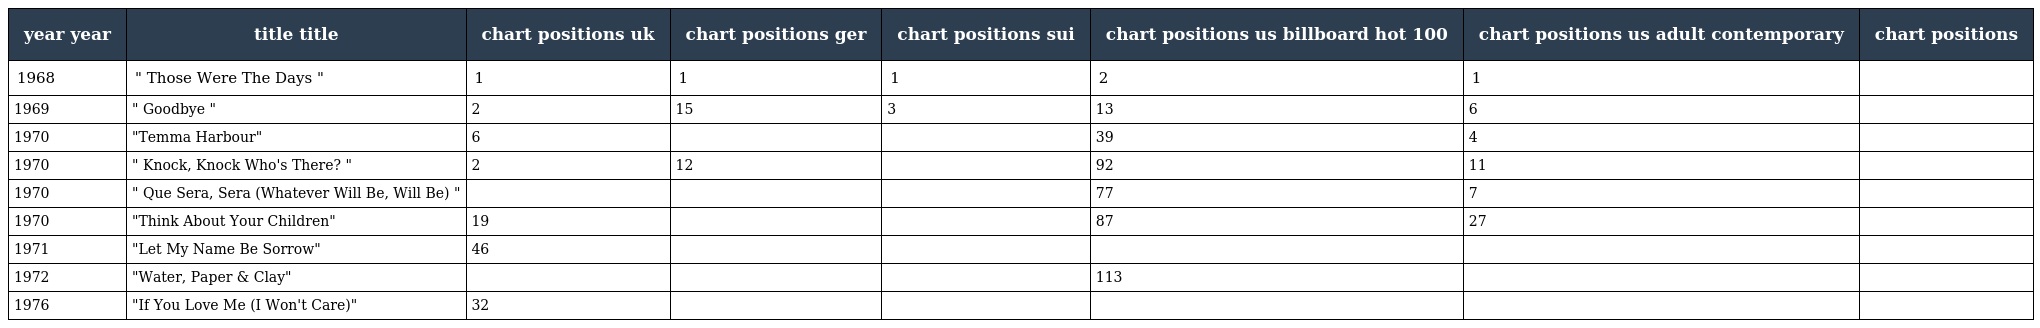
| year year | title title | chart positions uk | chart positions ger | chart positions sui | chart positions us billboard hot 100 | chart positions us adult contemporary | chart positions |
 | --- | --- | --- | --- | --- | --- | --- | --- |
 | 1968 | " Those Were The Days " | 1 | 1 | 1 | 2 | 1 |  |
 | 1969 | " Goodbye " | 2 | 15 | 3 | 13 | 6 |  |
 | 1970 | "Temma Harbour" | 6 |  |  | 39 | 4 |  |
 | 1970 | " Knock, Knock Who's There? " | 2 | 12 |  | 92 | 11 |  |
 | 1970 | " Que Sera, Sera (Whatever Will Be, Will Be) " |  |  |  | 77 | 7 |  |
 | 1970 | "Think About Your Children" | 19 |  |  | 87 | 27 |  |
 | 1971 | "Let My Name Be Sorrow" | 46 |  |  |  |  |  |
 | 1972 | "Water, Paper & Clay" |  |  |  | 113 |  |  |
 | 1976 | "If You Love Me (I Won't Care)" | 32 |  |  |  |  |  |